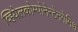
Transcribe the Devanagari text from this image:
व्हियेलकोम्पोनेन्टेनगेमिश